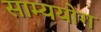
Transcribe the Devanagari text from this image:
साम्ययोग